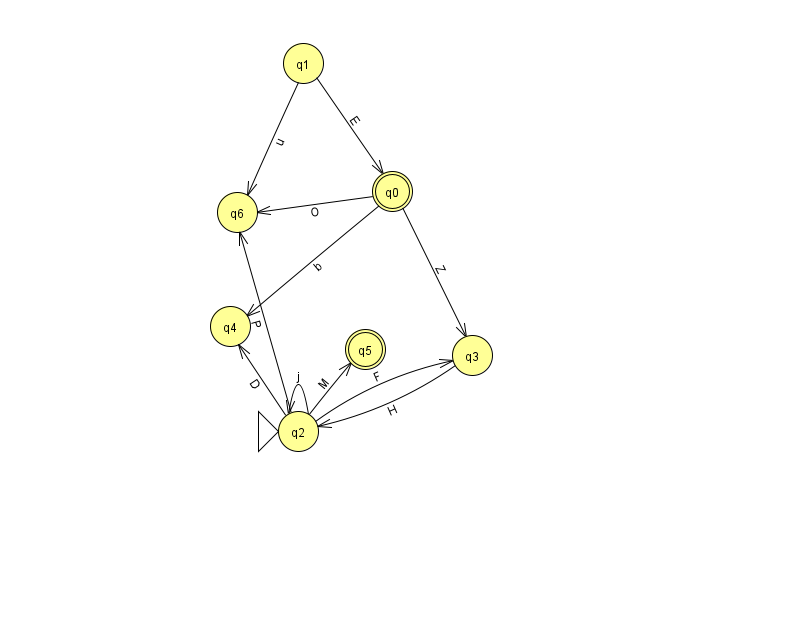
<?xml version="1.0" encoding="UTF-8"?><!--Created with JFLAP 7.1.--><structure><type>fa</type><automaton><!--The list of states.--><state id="0" name="q0"><x>392.0</x><y>178.0</y><final/></state><state id="1" name="q1"><x>303.0</x><y>50.0</y></state><state id="2" name="q2"><x>298.0</x><y>418.0</y><initial/></state><state id="3" name="q3"><x>472.0</x><y>342.0</y></state><state id="4" name="q4"><x>230.0</x><y>313.0</y></state><state id="5" name="q5"><x>365.0</x><y>336.0</y><final/></state><state id="6" name="q6"><x>237.0</x><y>199.0</y></state><!--The list of transitions.--><transition><from>0</from><to>6</to><read>O</read></transition><transition><from>2</from><to>5</to><read>M</read></transition><transition><from>2</from><to>3</to><read>F</read></transition><transition><from>1</from><to>0</to><read>E</read></transition><transition><from>0</from><to>4</to><read>b</read></transition><transition><from>2</from><to>4</to><read>D</read></transition><transition><from>0</from><to>3</to><read>Z</read></transition><transition><from>2</from><to>6</to><read>P</read></transition><transition><from>2</from><to>2</to><read>j</read></transition><transition><from>1</from><to>6</to><read>u</read></transition><transition><from>3</from><to>2</to><read>H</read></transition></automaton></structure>